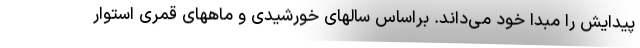
پیدایش را مبدا خود می‌داند. براساس سالهای خورشیدی و ماههای قمری استوار